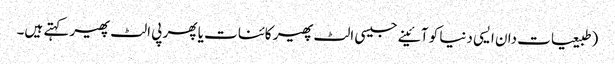
(طبیعیات دان ایسی دنیا کو آئینے جیسی الٹ پھیر کائنات یا پھر پی الٹ پھیر کہتے ہیں۔